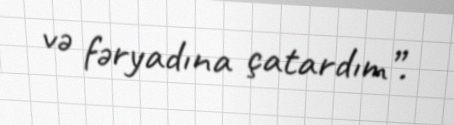
və fəryadına çatardım”.